18_6369445_General_1948_Vol_1
Agency: Department of War
Incident date: 6/15/48
Page 26
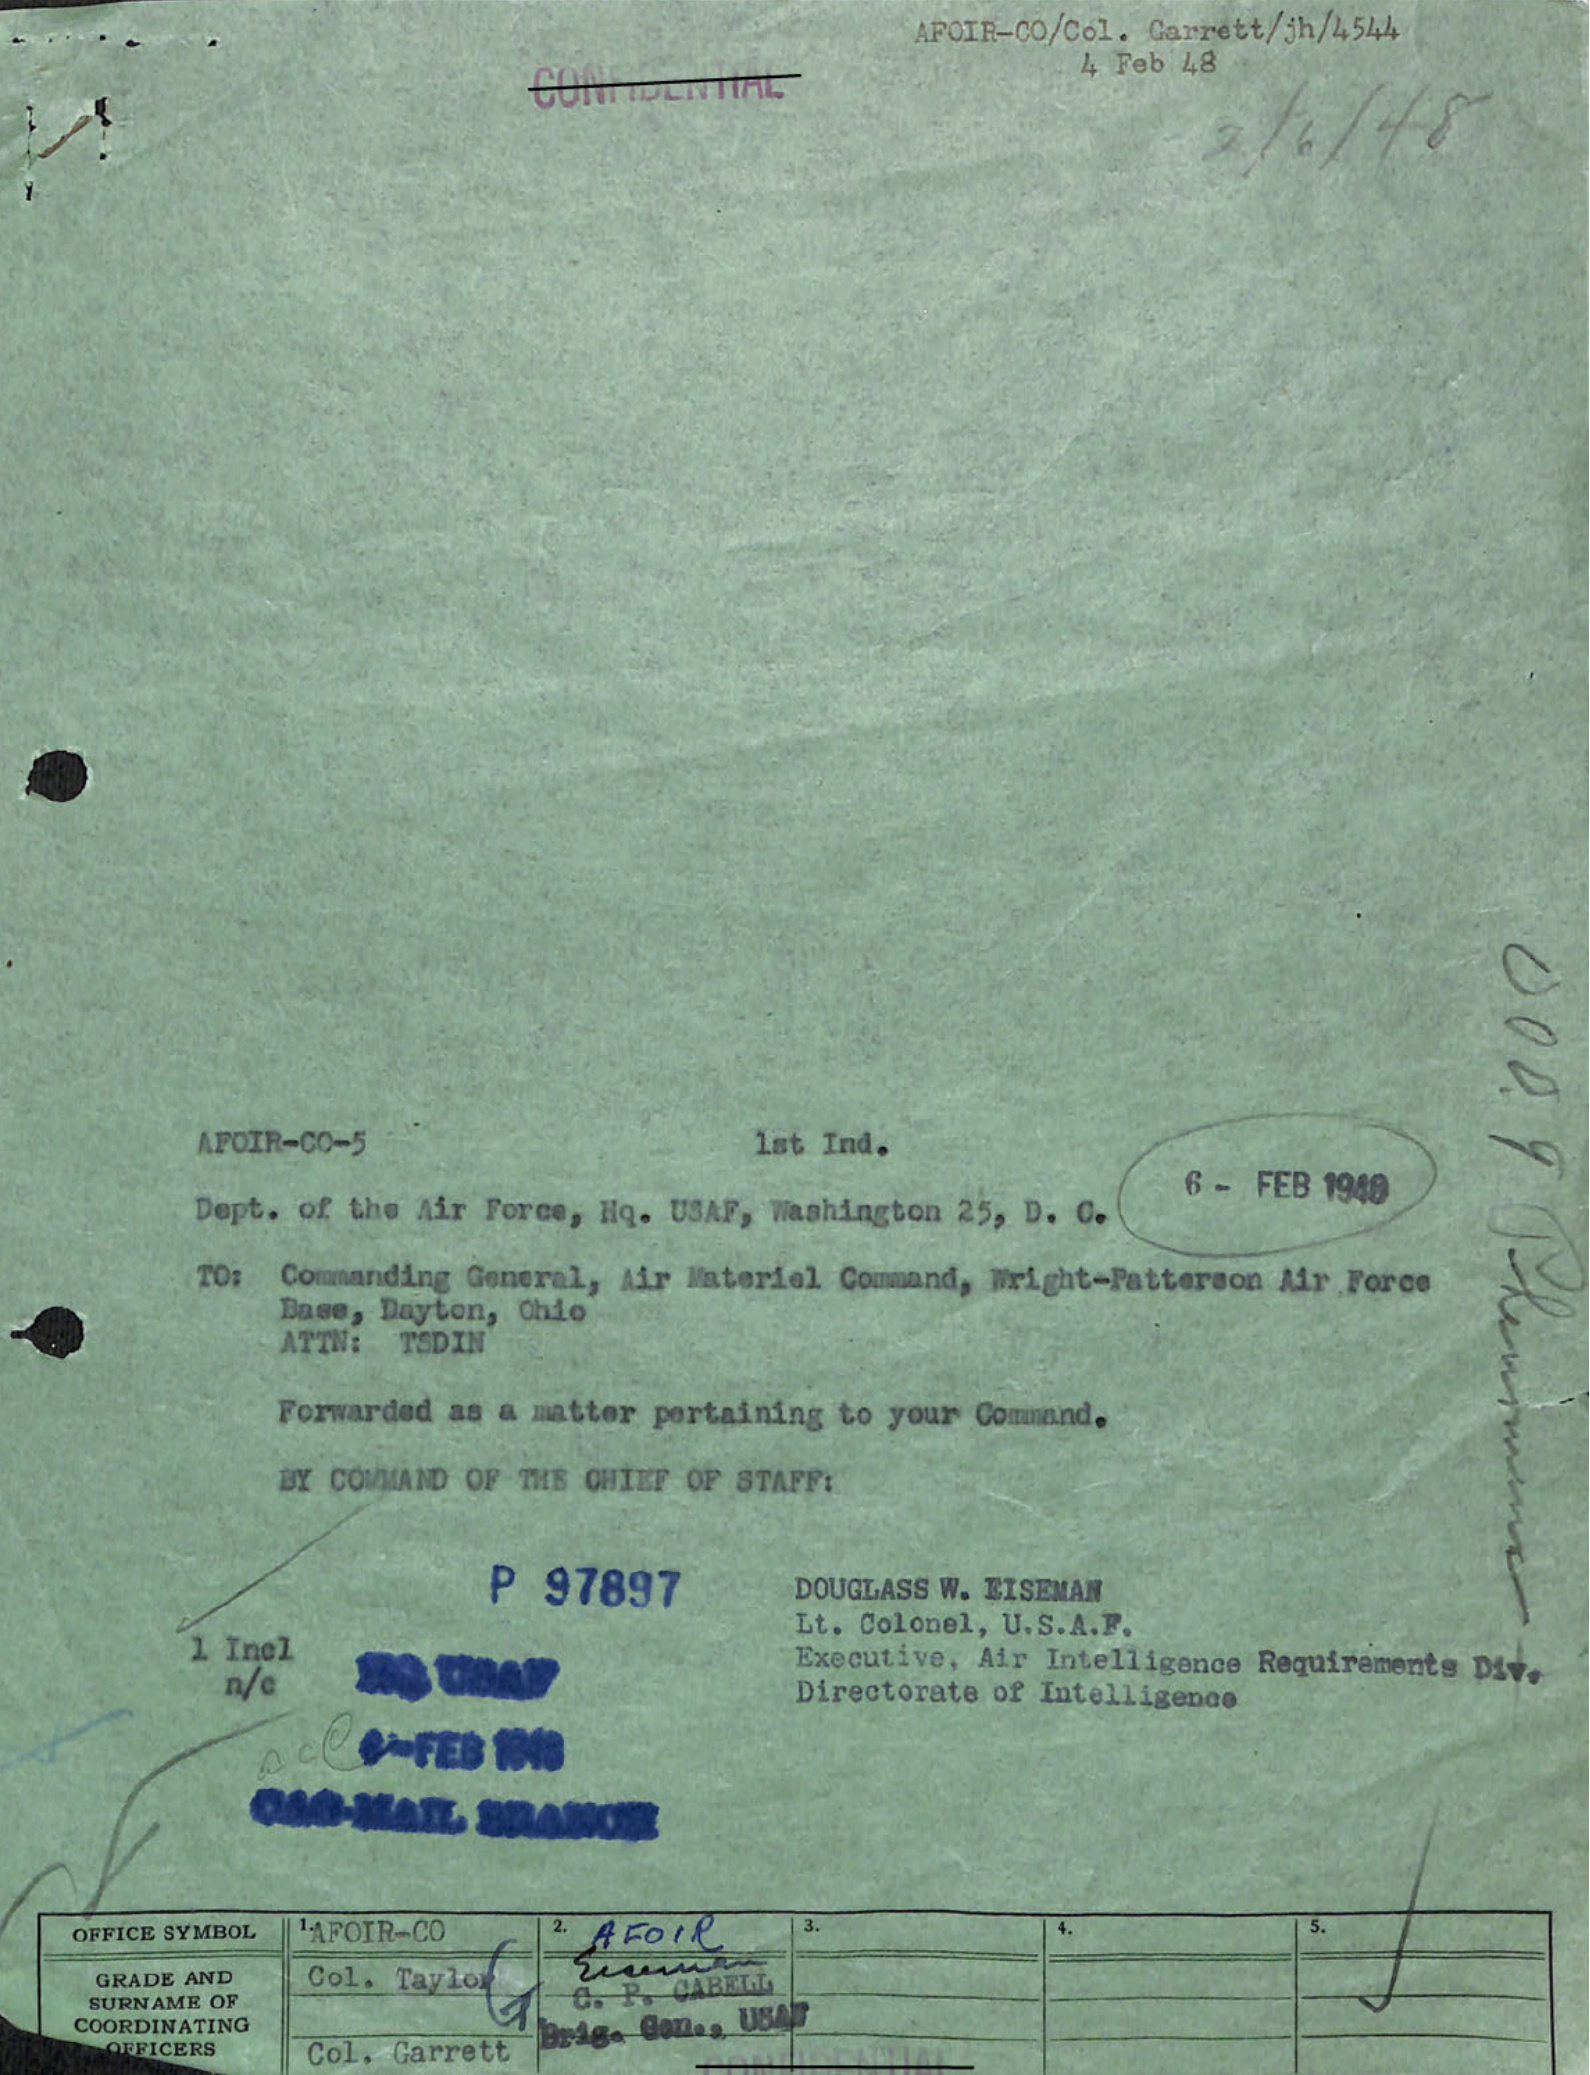